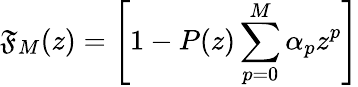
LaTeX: \mathfrak{F}_{M}(z)=\left[1-P(z)\sum_{p=0}^{M}\alpha_{p}z^{p}\right]